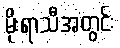
မိုးရာသီအတွင်း